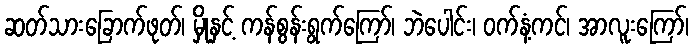
ဆတ်သားခြောက်ဖုတ်၊ မှိုနှင့် ကန်စွန်းရွက်ကြော်၊ ဘဲပေါင်း၊ ဝက်နံ့ကင်၊ အာလူးကြော်၊